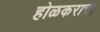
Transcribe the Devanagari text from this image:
होळकराचा